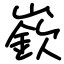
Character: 嶔